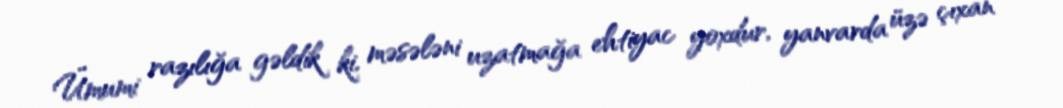
Ümumi razılığa gəldik ki, məsələni uzatmağa ehtiyac yoxdur, yanvarda üzə çıxan